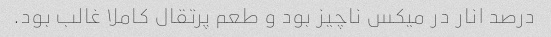
درصد انار در میکس ناچیز بود و طعم پرتقال کاملا غالب بود.